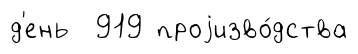
д'ень 919 проjизво́дства